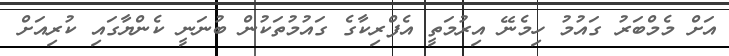
އަށް މެމްބަރު ގައުމު ހިމެނޭ އިރުމަތީ އެފްރިކާގެ ގައުމުތަކުން ބުނަނީ ކެންޔާގައި ކުރިއަށް